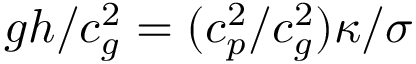
g h / c _ { g } ^ { 2 } = ( c _ { p } ^ { 2 } / c _ { g } ^ { 2 } ) \kappa / \sigma